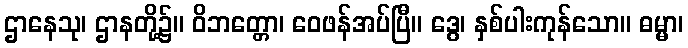
ဌာနေသု၊ ဌာနတို့၌။ ဝိဘတ္တော၊ ဝေဖန်အပ်ပြီ။ ဒွေ၊ နှစ်ပါးကုန်သော။ ဓမ္မာ၊